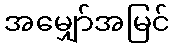
အမျှော်အမြင်